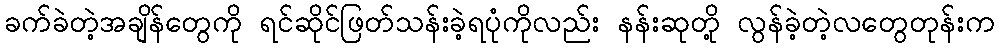
ခက်ခဲတဲ့အချိန်တွေကို ရင်ဆိုင်ဖြတ်သန်းခဲ့ရပုံကိုလည်း နန်းဆုတို့ လွန်ခဲ့တဲ့လတွေတုန်းက